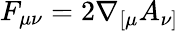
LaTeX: F_{\mu\nu}=2\nabla_{[\mu}A_{\nu]}